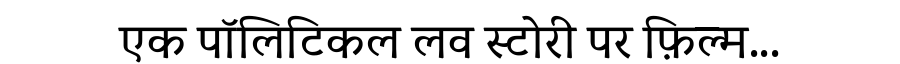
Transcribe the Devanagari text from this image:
एक पॉलिटिकल लव स्टोरी पर फ़िल्म...